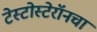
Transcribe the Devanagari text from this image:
टेस्टोस्टेरॉनचा